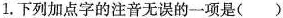
1.下列加点字的注音无误的一项是()